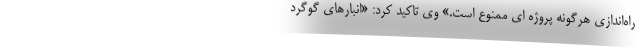
راه‌اندازی هرگونه پروژه ای ممنوع است.» وی تاکید کرد: «انبارهای گوگرد